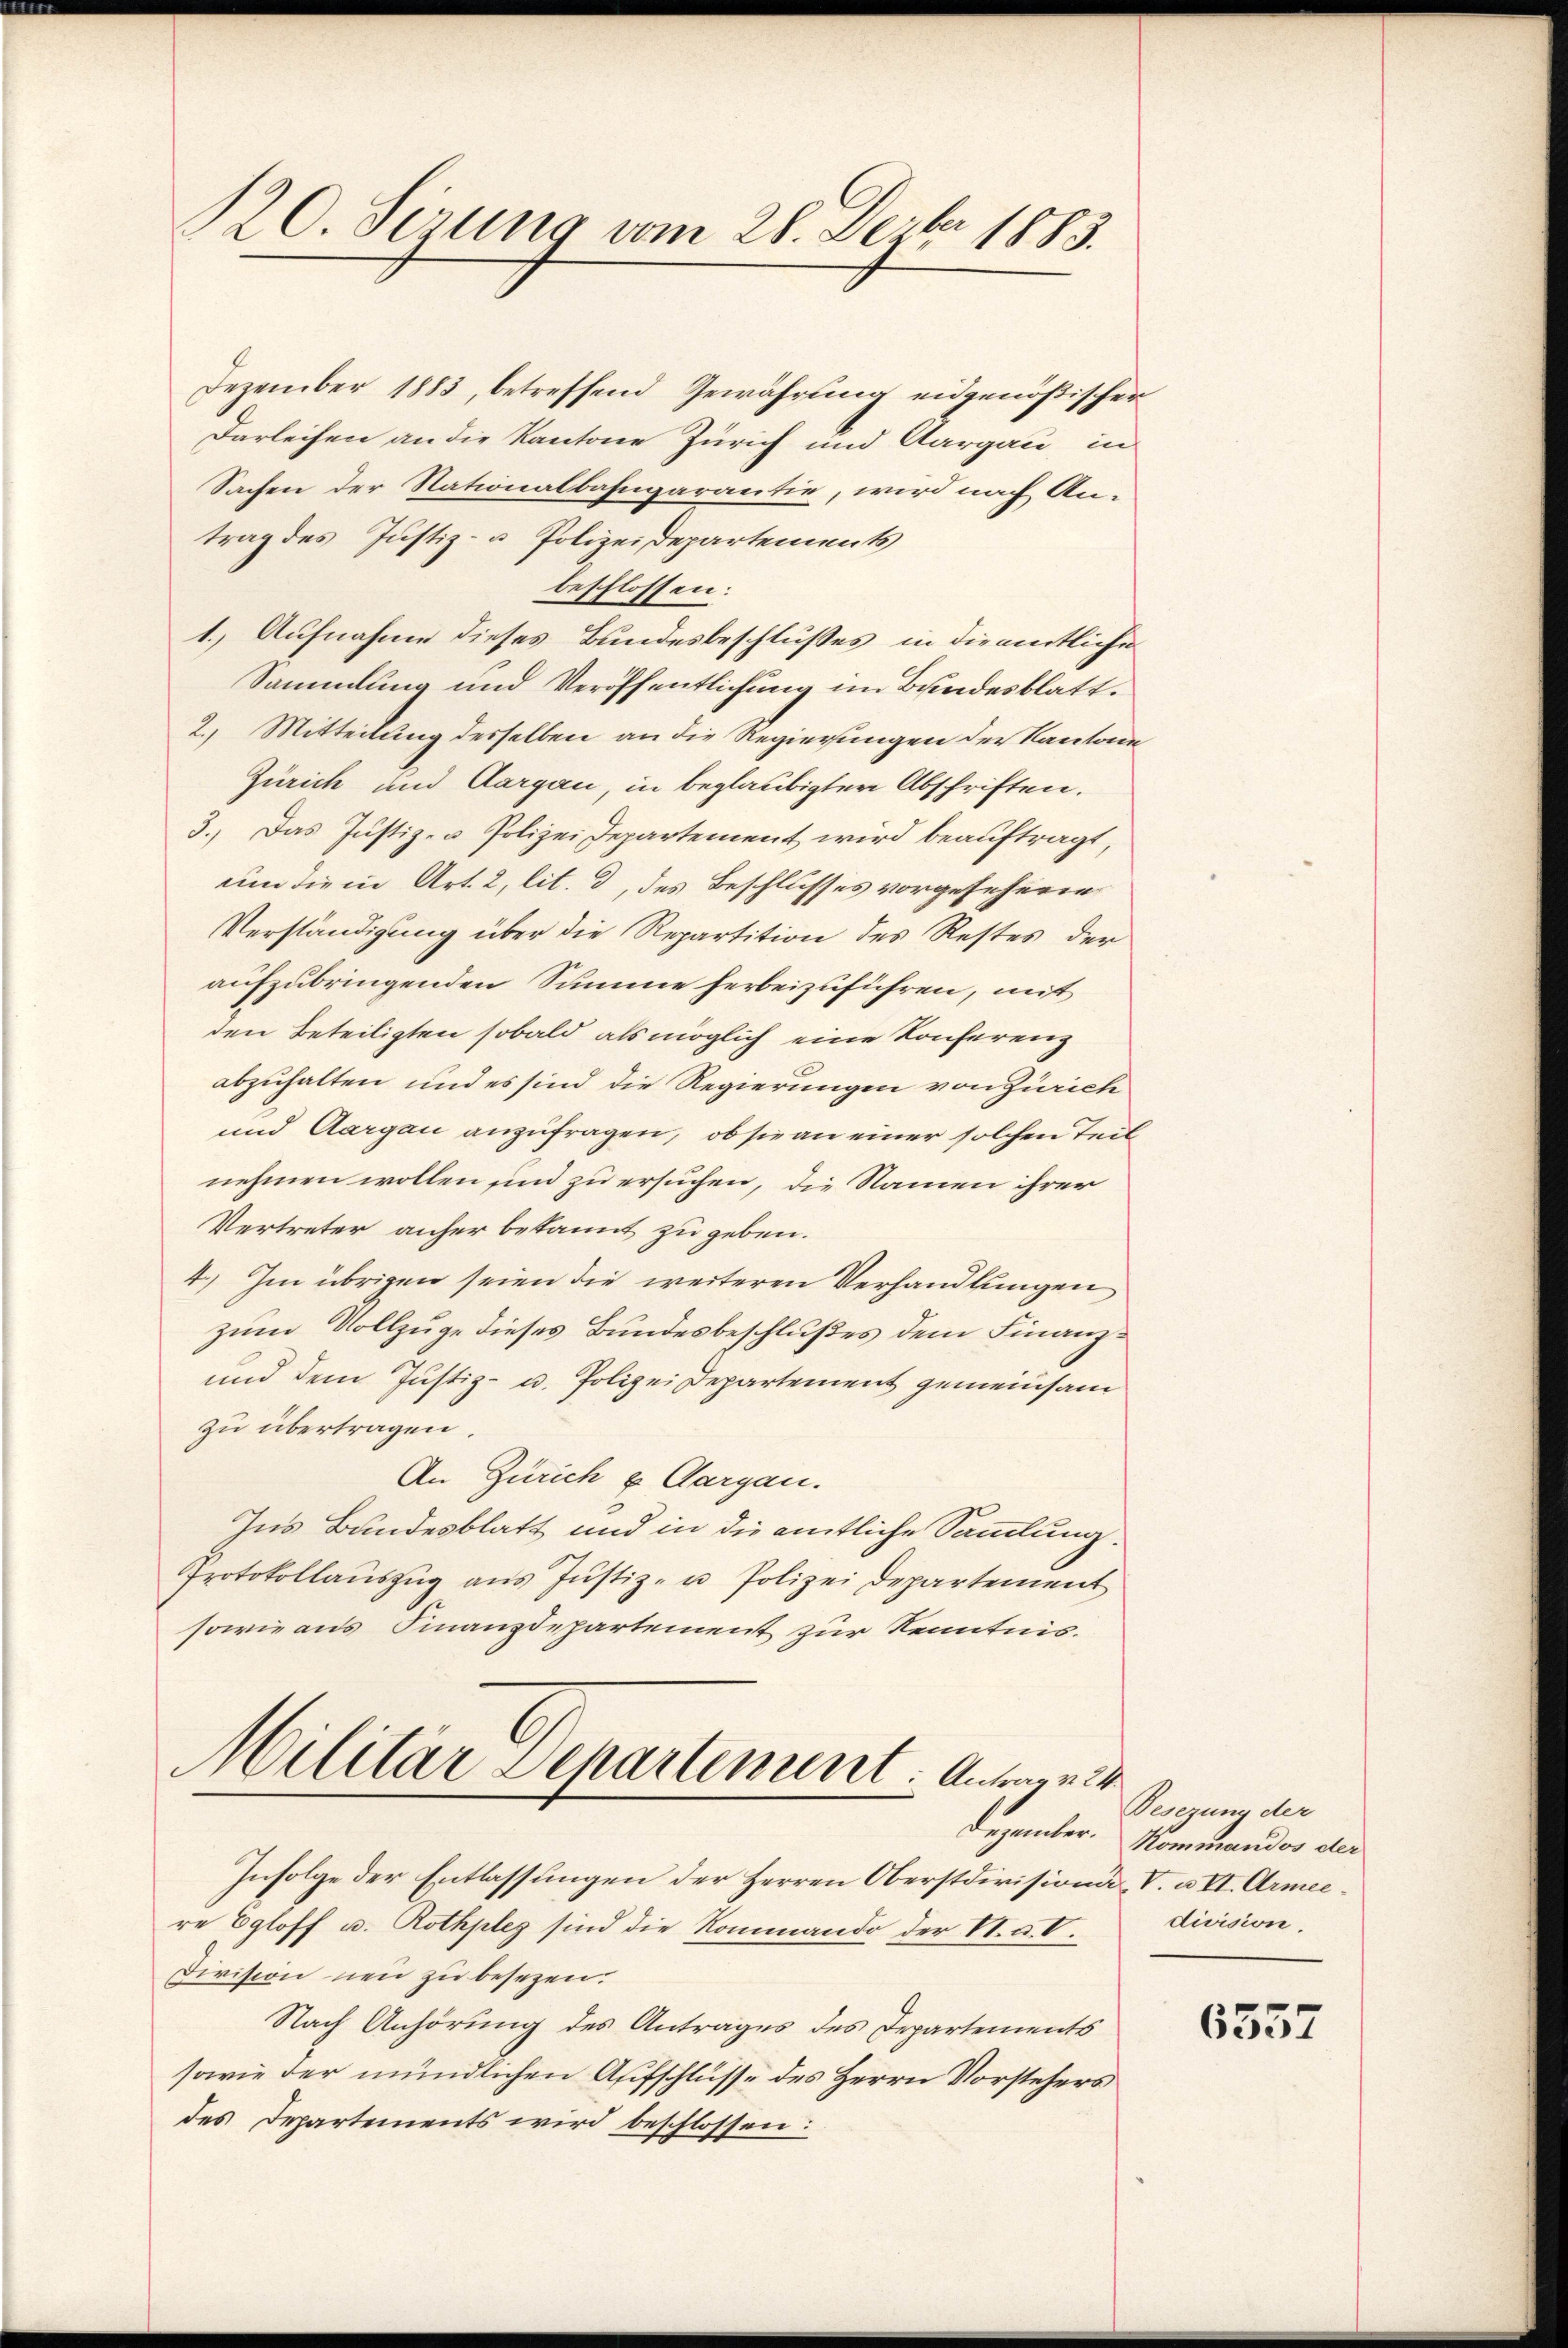
120. Sirung vom 28. Dezbr. 1883.

Dezember 1883, betreffend Gewährung eidgenößischer
Darleihen an die Kantone Zürich und Aargau in
Sachen der Nationalbahngarantie, wird nach Antrag des Justiz- & Polizeidepartements
beschlossen:
1.) Aufnahme dieses Bundesbeschlußes in die amtliche
Sammlung und Veröffentlichung im Bundesblatt.
2. Mitteilung desselben an die Regierungen der Kantone
Zürich und Aargau in beglaubigter Abschriften.
3. Das Justiz- u Polizei Departement wird beauftragt,
um die in Art. 2, lit. d, des Beschlusses vorgesehene
Verständigung über die Repartition des Restes der
aufzubringenden Summe herbeizuführen, mit
den Beteiligten sobald als möglich eine Konferenz
abzuhalten und es sind die Regierungen von Zürich
und Aargau anzufragen, ob sie an einer solchen Teil
nehmen wollen sind zu ersuchen, die Namen ihrer
Vertreter anher bekannt zu geben.
4.) Im übrigen seien die weiteren Verhandlungen
zum Vollzuge dieses Bundesbeschlußes dem Finanz¬
und dem Justiz- u. Polizei Departement gemeinsam
zu übertragen.
An Zürich u. Aargau.
Ins Bundesblatt und in die amtliche Sammlung.
Protokollauszug aus Justiz- u Polizei Departement
sowie aus Finanzdepartement zur Kenntnis.

Militär Departement. Antrage

Infolge der Entlassungen der Herren Oberstdivision, V. u VI. Armeere Egloff u. Rothpleg sind die Rommando der V. a. V.
Division neu zu besezen.
Nach Anhörung des Antrages des Departements
sowie der mündlichen Aufschlüsse des Herrn Vorstehers
des Departements wird beschlossen:

Besezung der
Dezember. Kommandos der
division.

6557